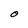
Character: O